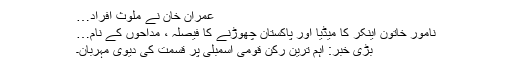
عمران خان نے ملوث افراد…
نامور خاتون اینکر کا میڈیا اور پاکستان چھوڑنے کا فیصلہ ، مداحوں کے نام…
بڑی خبر: اہم ترین رکن قومی اسمبلی پر قسمت کی دیوی مہربان۔